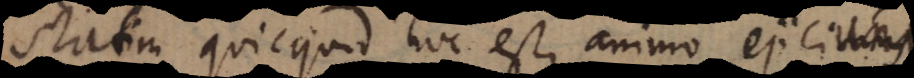
statim quicquid hoc est, animo ejiciunt,